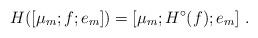
LaTeX: \begin{align*}H([\mu_m;f;e_m]) = [\mu_m;H^\circ(f);e_m]\ .\end{align*}